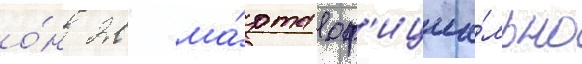
о́н 20 ма́рта оф'ициа́льно